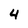
Character: 4